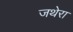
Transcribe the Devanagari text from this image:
जथेरा